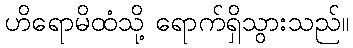
ဟိရောမိထံသို့ ရောက်ရှိသွားသည်။